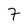
Character: 7